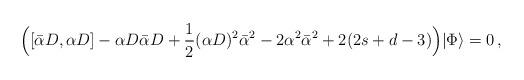
LaTeX: \begin{align*}\Bigl([\bar{\alpha}D,\alpha D]-\alpha D\bar{\alpha}D+\frac{1}{2}(\alpha D)^2\bar{\alpha}^2-2\alpha^2\bar{\alpha}^2+2(2s+d-3)\Bigr)|\Phi\rangle=0\,,\end{align*}